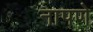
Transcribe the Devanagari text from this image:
नापणे